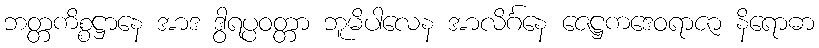
ဘတ္တကိစ္စဋ္ဌာနေ အာဒ ဒွါရပ္ပဝတ္တာ ဘူမိပါလေန အာလိင်္ဂနေ ဇေဋ္ဌကဒေဝရာဇာ နိရောဓာ